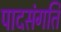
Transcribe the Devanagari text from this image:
पादसंगति